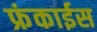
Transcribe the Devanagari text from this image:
फ्रंकाईस